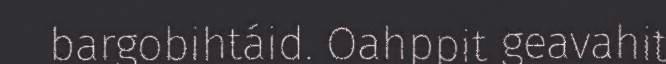
bargobihtáid. Oahppit geavahit